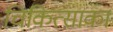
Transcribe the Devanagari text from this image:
चिकित्साका